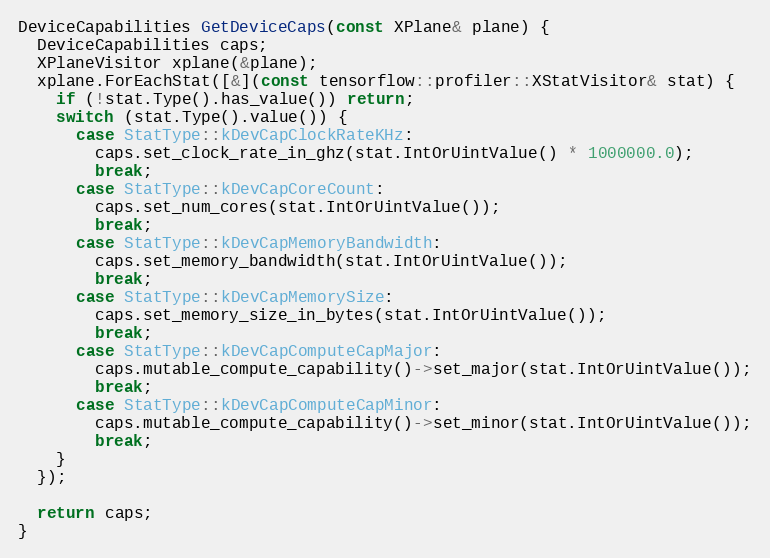
Language: C++
DeviceCapabilities GetDeviceCaps(const XPlane& plane) {
  DeviceCapabilities caps;
  XPlaneVisitor xplane(&plane);
  xplane.ForEachStat([&](const tensorflow::profiler::XStatVisitor& stat) {
    if (!stat.Type().has_value()) return;
    switch (stat.Type().value()) {
      case StatType::kDevCapClockRateKHz:
        caps.set_clock_rate_in_ghz(stat.IntOrUintValue() * 1000000.0);
        break;
      case StatType::kDevCapCoreCount:
        caps.set_num_cores(stat.IntOrUintValue());
        break;
      case StatType::kDevCapMemoryBandwidth:
        caps.set_memory_bandwidth(stat.IntOrUintValue());
        break;
      case StatType::kDevCapMemorySize:
        caps.set_memory_size_in_bytes(stat.IntOrUintValue());
        break;
      case StatType::kDevCapComputeCapMajor:
        caps.mutable_compute_capability()->set_major(stat.IntOrUintValue());
        break;
      case StatType::kDevCapComputeCapMinor:
        caps.mutable_compute_capability()->set_minor(stat.IntOrUintValue());
        break;
    }
  });

  return caps;
}